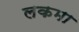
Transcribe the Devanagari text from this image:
लकमा